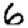
Digit: 6